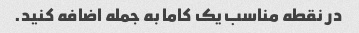
در نقطه مناسب یک کاما به جمله اضافه کنید.